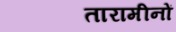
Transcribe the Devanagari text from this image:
तारामीनों